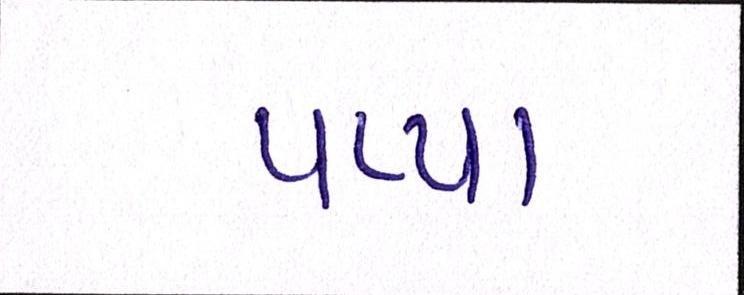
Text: પપ્પા